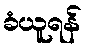
ခံယူရန်